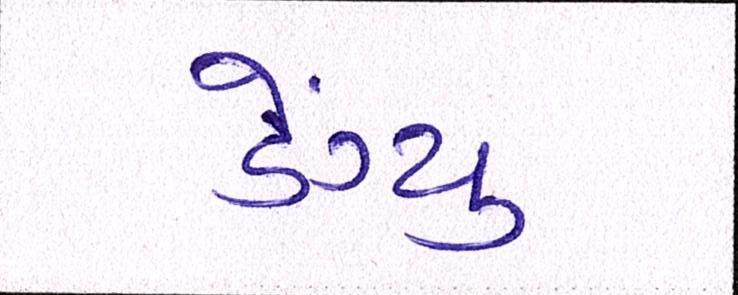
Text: ડેંગ્યુ